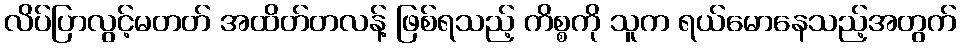
လိပ်ပြာလွင့်မတတ် အထိတ်တလန့် ဖြစ်ရသည့် ကိစ္စကို သူက ရယ်မောနေသည့်အတွက်